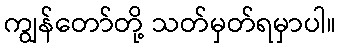
ကျွန်တော်တို့ သတ်မှတ်ရမှာပါ။